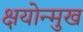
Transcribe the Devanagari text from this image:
क्षयोन्मुख